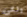
ولكن